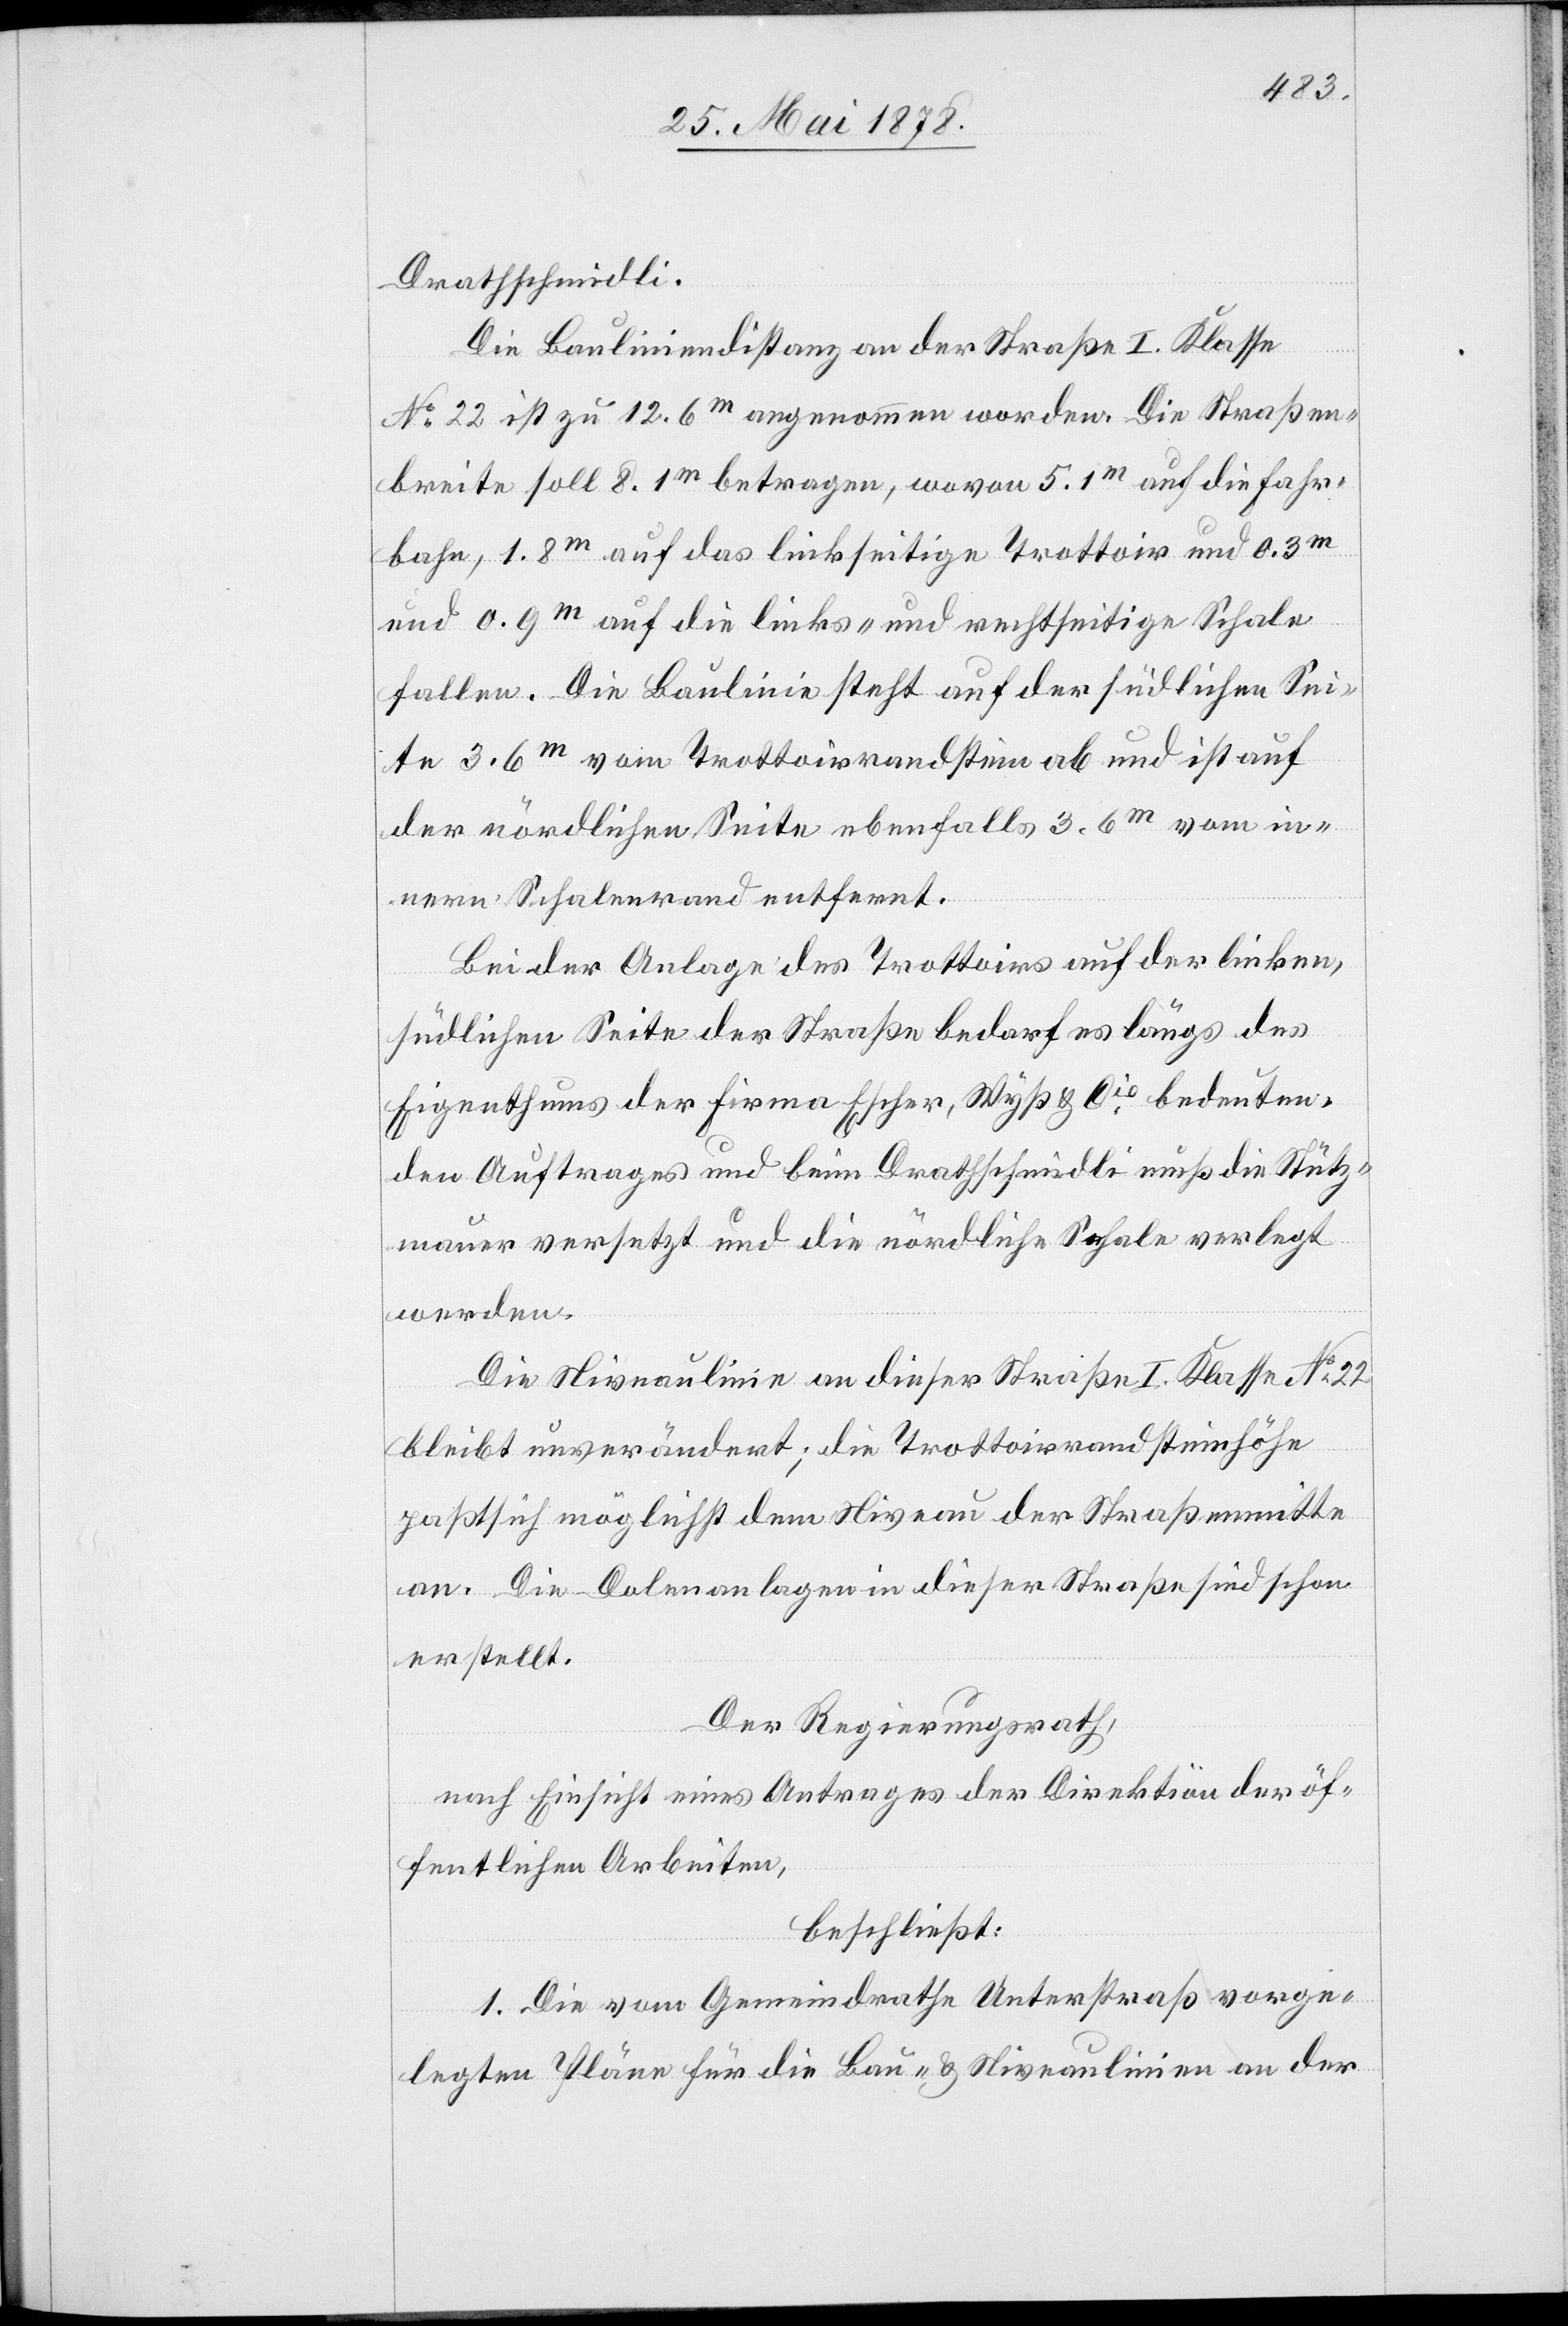
Drathschmidli.
Die Bauliniendistanz an der Straße I. Klasse
No 22 ist zu 12.6m angenommen worden. Die Straßen¬
breite soll 8.1m betragen, wovon 5.1m auf die Fahr¬
bahn, 1.8m auf das linkseitige Trottoir und 0.3m
und 0.9m auf die links- und rechtseitige Schale
fallen. Die Baulinie steht auf der südlichen Sei¬
te 3.6m vom Trottoirrandstein ab und ist auf
der nördlichen Seite ebenfalls 3.6m vom in¬
nern Schalenrand entfernt.
Bei der Anlage des Trottoirs auf der linken,
südlichen Seite der Straße bedarf es längs des
Eigenthums der Firma Escher, Wyß & Cie bedeuten¬
den Auftrages und beim Drathschmidli muß die Stütz¬
mauer versetzt und die nördliche Schale verlegt
werden.
Die Niveaulinie an dieser Straße I. Klasse No 22
bleibt unverändert; die Trottoirrandsteinhöhe
passt sich möglichst dem Niveau der Straßenmitte
an. Die Dolenanlagen in dieser Straße sind schon
erstellt.
Der Regierungsrath,
nach Einsicht eines Antrages der Direktion der öf¬
fentlichen Arbeiten,
beschließt:
1. Die vom Gemeindrathe Unterstraß vorge¬
legten Pläne für die Bau- & Niveaulinien an der